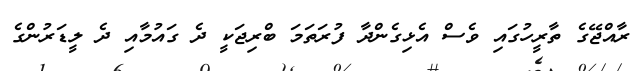
ރާއްޖޭގެ ތާރީހުގައި ވެސް އެޅިގެންދާ ފުރަތަމަ ބްރިޖަކީ ދެ ގައުމާއި ދެ ލީޑަރުންގެ